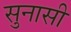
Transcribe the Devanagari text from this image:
सुनासी